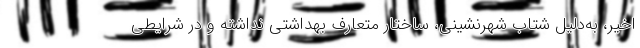
اخیر، به‌دلیل شتاب شهرنشینی، ساختار متعارف بهداشتی نداشته و در شرایطی